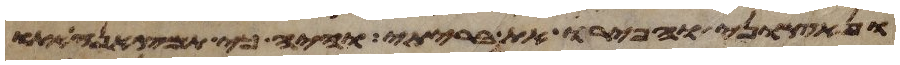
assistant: ונאצוני והפרו את בריתי והיה כי תמצאנה אתו